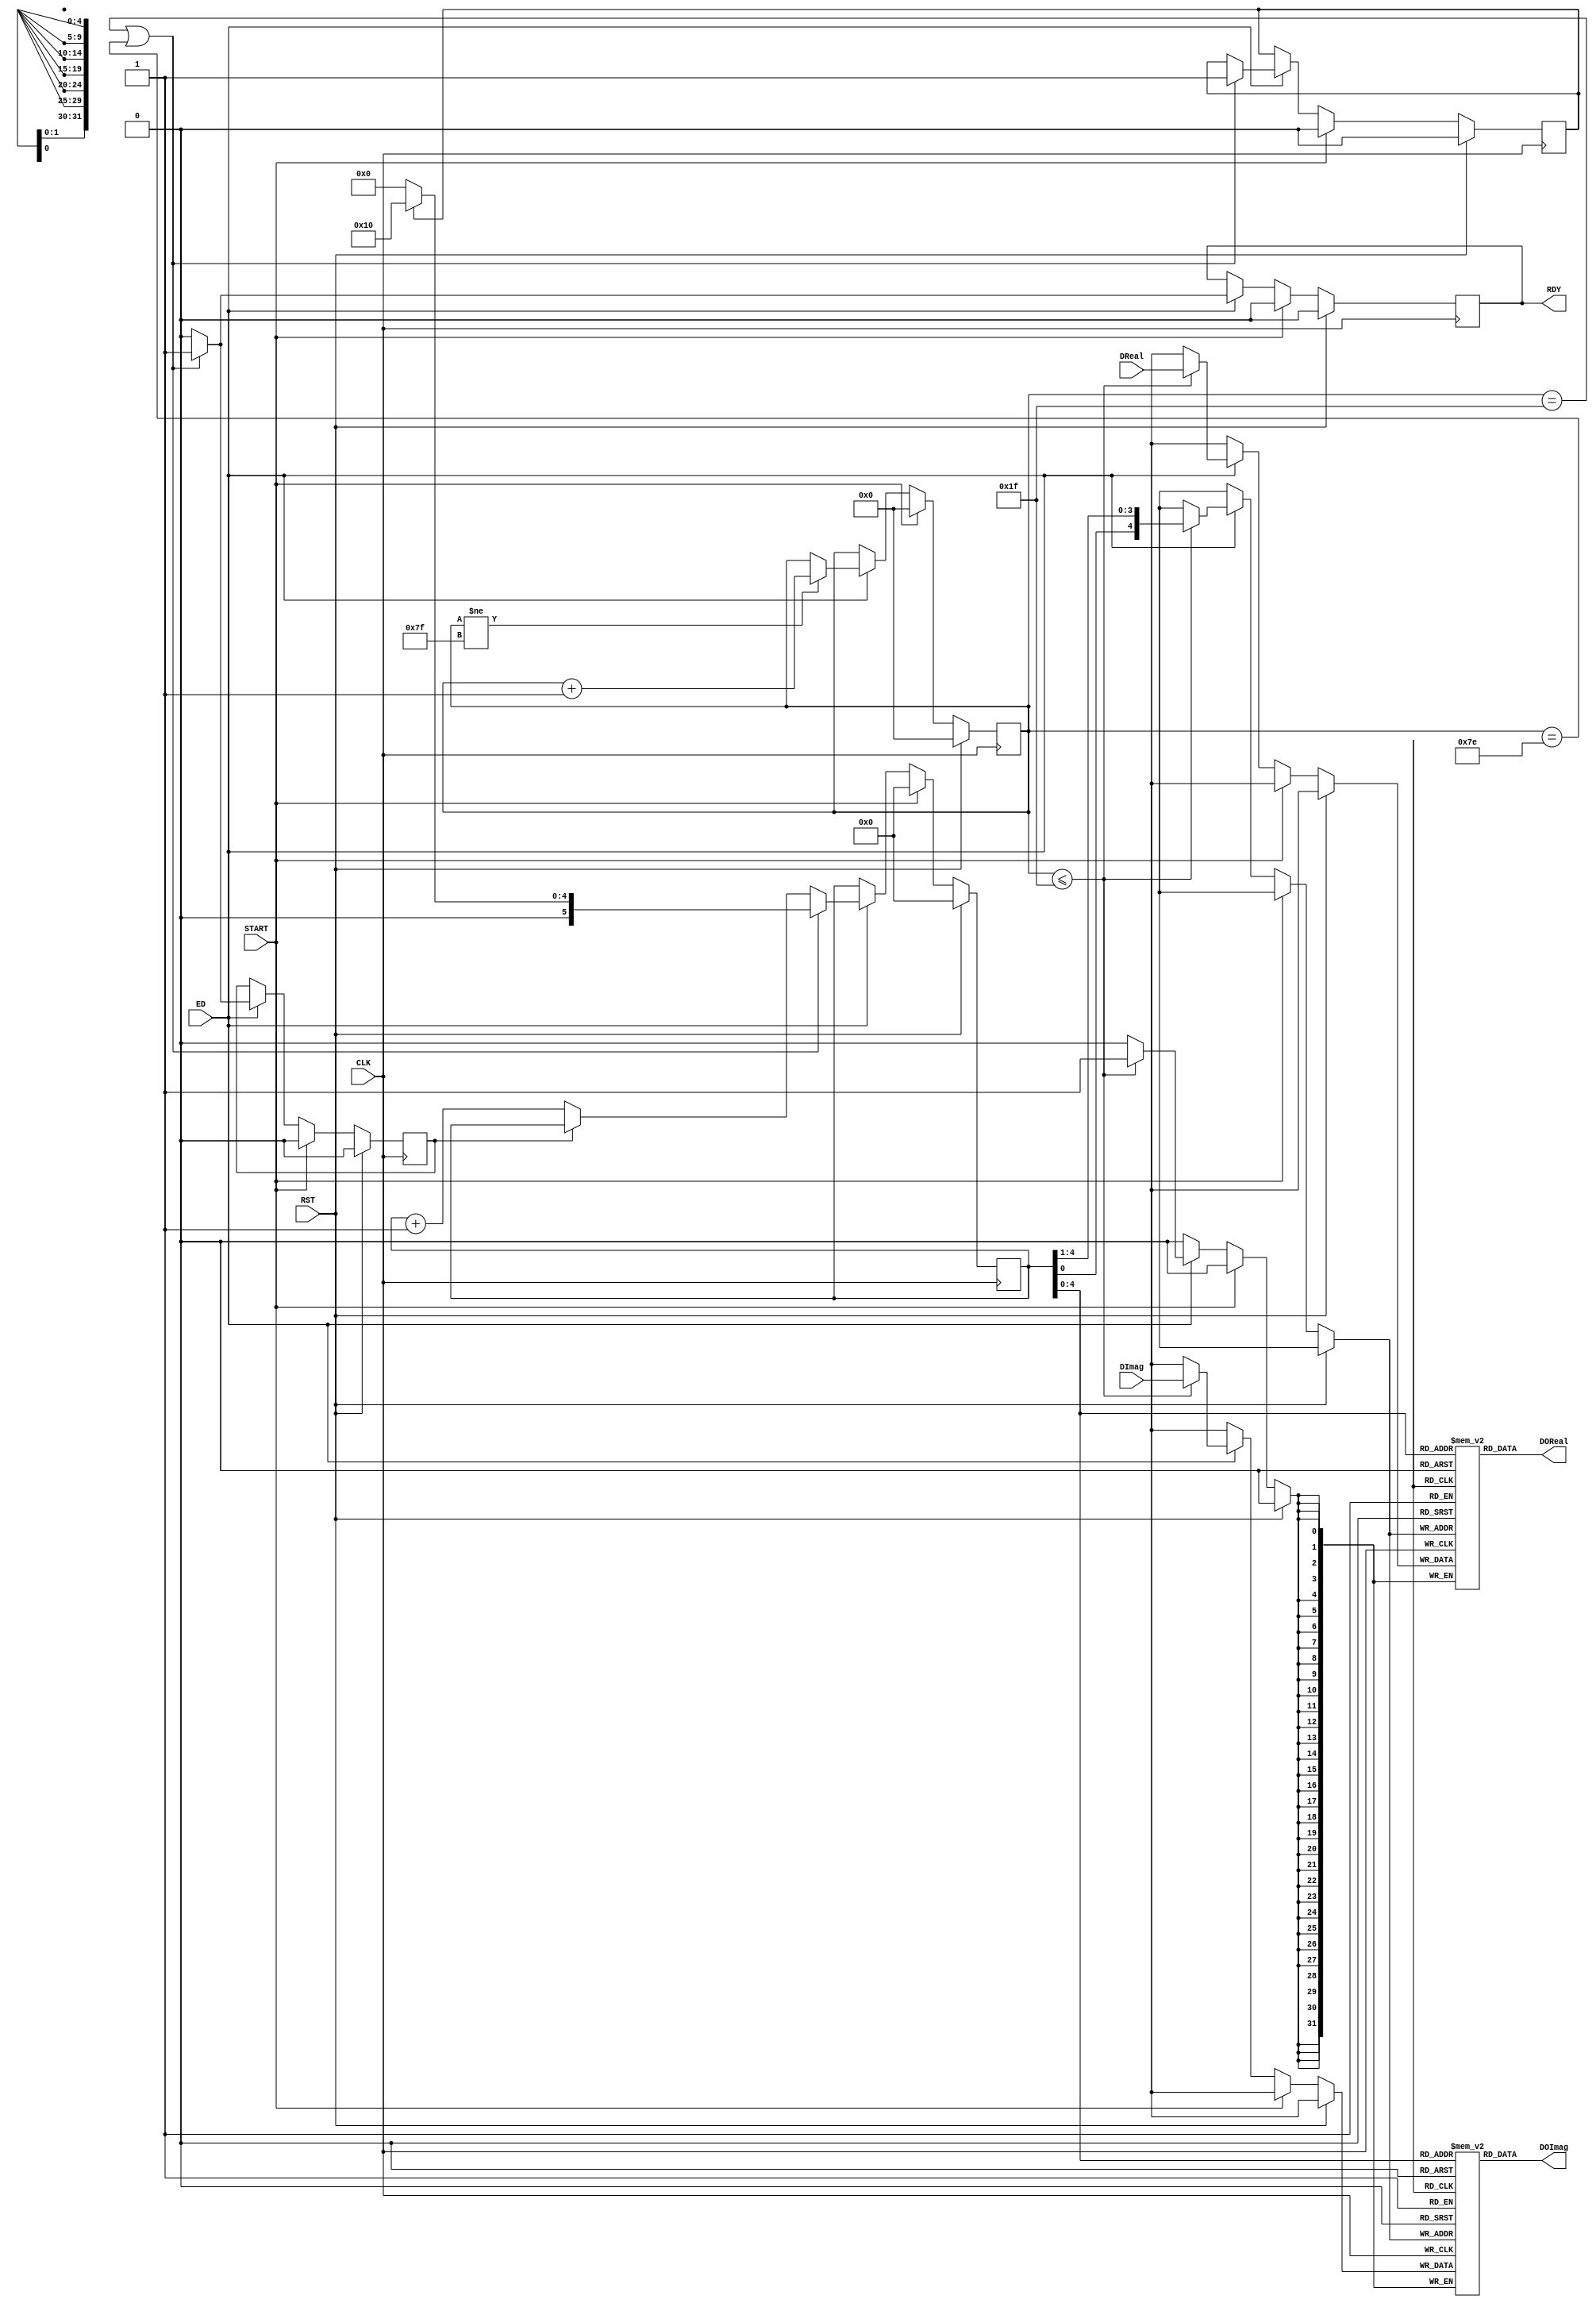
module RAM1(CLK,RST,ED,START,DReal,DImag,RDY,DOReal,DOImag);
parameter total_bits = 32;
input  CLK;
input  RST;
input  ED;
input  START;
input  [total_bits-1:0] DReal;
input  [total_bits-1:0] DImag;
output reg RDY;
output [total_bits-1:0] DOReal;
output [total_bits-1:0] DOImag;
reg    [total_bits-1:0] DATAReal [0:31];
reg    [total_bits-1:0] DATAImag [0:31];
reg [5:0] addr;
reg [6:0] count;
reg delay;
reg flag;
	always @(posedge CLK)
		begin
			if (RST) begin
					addr<=6'b000000;
					count<= 7'b0000000;
					flag<=0;
					delay<=0;
				RDY<=1'b0; end
			else if (START) begin 
					addr<=6'b000000;
					count<= 7'b0000000;
					flag<=0;
					delay<=0;
				RDY<=1'b0;end
			else if (ED)	begin
				RDY<=1'b0;
					if(count<=31)
					begin
						DATAReal[{addr[0],addr[4:1]}] <= DReal;
						DATAImag[{addr[0],addr[4:1]}] <= DImag;
					end
					if (count!=127)                                
					count<=count+1;
					if (count==31||count==126)							
					begin
					 RDY<=1'b1;
					 delay<=1'b1;
					 if(flag == 0) begin addr<=0; flag<=1; end
					 else addr<=16;
					end	
					else
						if(delay)
							delay<=0;
						else
							addr<=addr+1;
			end 
		end
	assign DOReal = DATAReal[addr[4:0]];
   assign DOImag = DATAImag[addr[4:0]];	
endmodule